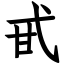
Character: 甙